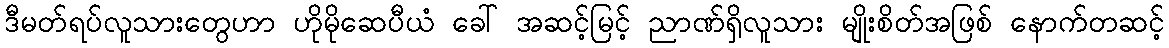
ဒီမတ်ရပ်လူသားတွေဟာ ဟိုမိုဆေပီယံ ခေါ် အဆင့်မြင့် ညာဏ်ရှိလူသား မျိုးစိတ်အဖြစ် နောက်တဆင့်